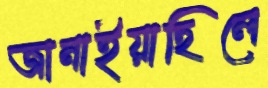
জানাইয়াছিলে